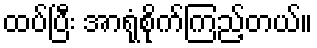
ထပ်ပြီး အာရုံစိုက်ကြည့်တယ်။